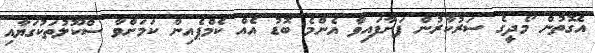
އެގޮތުން މޯދީގެ ސަރުކާރުން ފަށާފައިވާ އެންމެ ބޮޑު އެއް ކެމްޕެއިން ކަމަށްވާ ސްކޫލުތަކުގަޔާއި